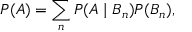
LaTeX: P ( A ) = \sum _ { n } P ( A \mid B _ { n } ) P ( B _ { n } ) ,